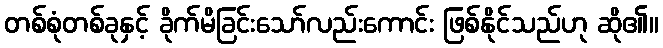
တစ်စုံတစ်ခုနှင့် ခိုက်မိခြင်းသော်လည်းကောင်း ဖြစ်နိုင်သည်ဟု ဆို၏။